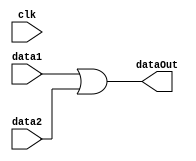
module orGate(data1, data2, dataOut, clk);

	input clk;
	input [7:0] data1, data2;
	output [7:0] dataOut;
	
	assign dataOut = data1 | data2;
endmodule